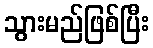
သွားမည်ဖြစ်ပြီး